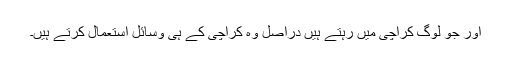
اور جو لوگ کراچی میں رہتے ہیں دراصل وہ کراچی کے ہی وسائل استعمال کرتے ہیں۔